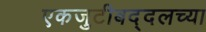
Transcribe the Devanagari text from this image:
एकजुटीबद्दलच्या